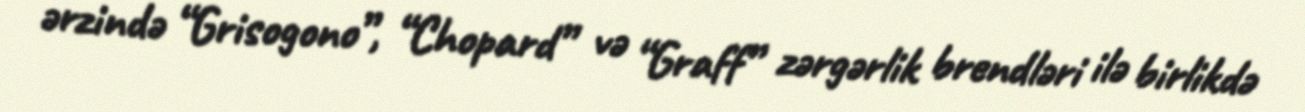
ərzində “Grisogono”, “Chopard” və “Graff” zərgərlik brendləri ilə birlikdə